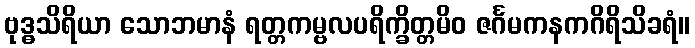
ဗုဒ္ဓသိရိယာ သောဘမာနံ ရတ္တကမ္ဗလပရိက္ခိတ္တမိဝ ဇင်္ဂမကနကဂိရိသိခရံ။